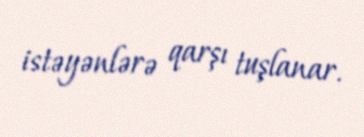
istəyənlərə qarşı tuşlanar.